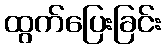
ထွက်ပြေးခြင်း